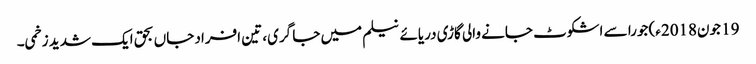
19 جون2018ء) جورا سے اشکوٹ جانے والی گاڑی دریائے نیلم میں جا گری، تین افراد جاں بحق ایک شدید زخمی۔